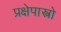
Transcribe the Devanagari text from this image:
प्रक्षेपास्त्रो